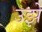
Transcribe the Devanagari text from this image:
उझे